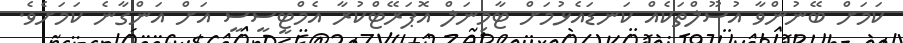
ކަމަށް ބޭނުންވާ އުސޫލްތަކެއް ކަނޑައެޅުމަށް ޓާމިނަލް އޮޕަރޭޓްކުރާ އެމްޓީސީސީ އަށް އަންގާނެ ކަމަށެވެ.